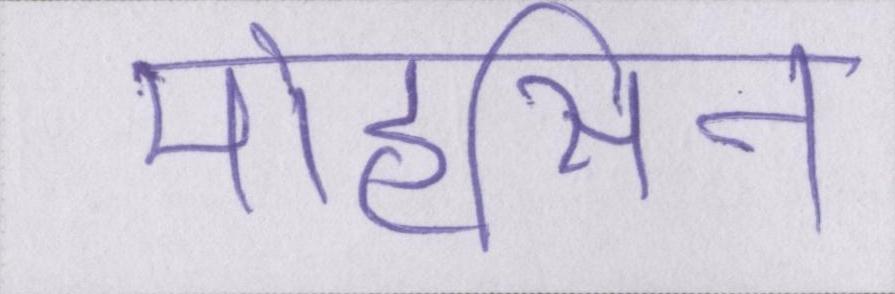
मोहसिन